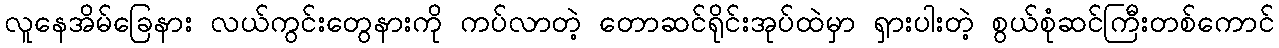
လူနေအိမ်ခြေနား လယ်ကွင်းတွေနားကို ကပ်လာတဲ့ တောဆင်ရိုင်းအုပ်ထဲမှာ ရှားပါးတဲ့ စွယ်စုံဆင်ကြီးတစ်ကောင်